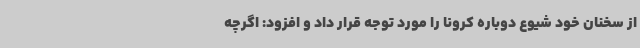
از سخنان خود شیوع دوباره کرونا را مورد توجه قرار داد و افزود: اگرچه